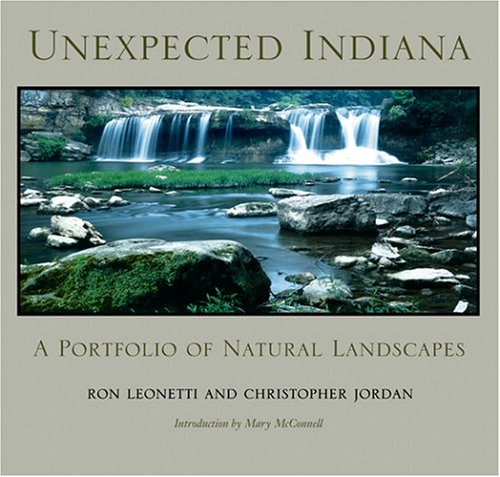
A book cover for Unexpected Indiana: A Portfolio of Natural Landscapes (Quarry Books); Ron Leonetti; Travel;